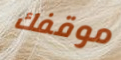
موقفك